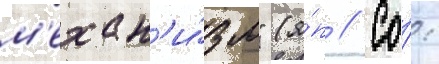
м'ехан'и́зм" (я́п // Со́: